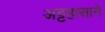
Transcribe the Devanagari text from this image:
अट्टहासाने